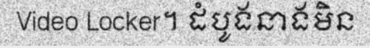
Video Locker។ ដំបូងនាងមិន